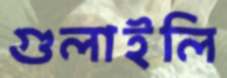
গুলাইলি